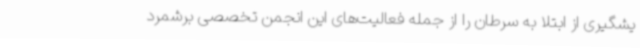
یشگیری از ابتلا به سرطان را از جمله فعالیت‌های این انجمن تخصصی برشمرد